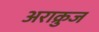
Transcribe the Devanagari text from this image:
अराक्रुज